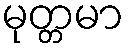
မုတ္တမာ